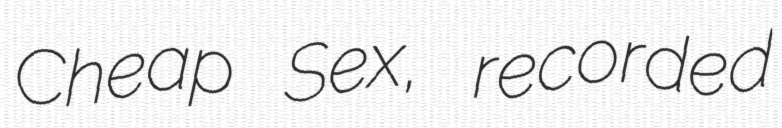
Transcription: Cheap Sex, recorded